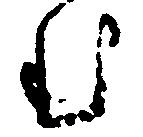
む